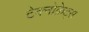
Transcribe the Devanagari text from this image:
टेक्नोक्रेट्स